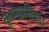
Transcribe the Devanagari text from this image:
कृष्णप्रतिपदा